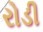
રોડી